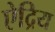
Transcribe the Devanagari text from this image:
ऐद्रिय